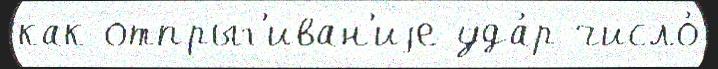
как отпрыг'иван'иjе уда́р число́